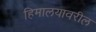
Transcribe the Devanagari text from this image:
हिमालयावरील